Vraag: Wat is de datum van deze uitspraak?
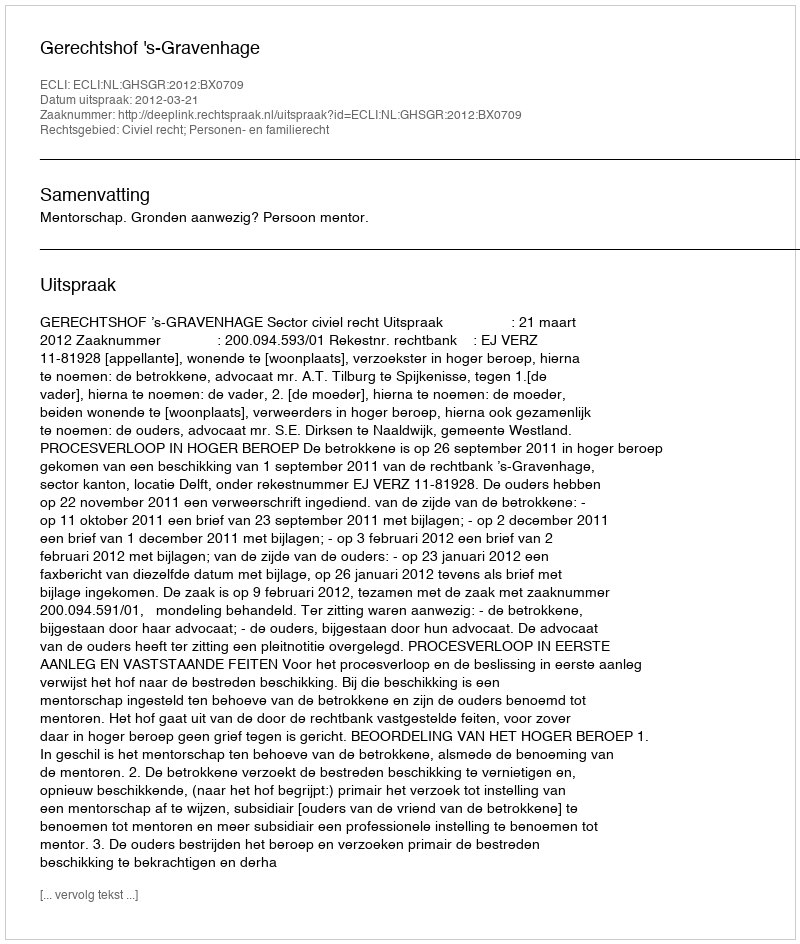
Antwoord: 2012-03-21